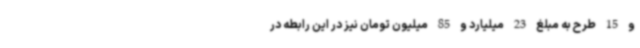
و 15 طرح به مبلغ 23 میلیارد و 85 میلیون تومان نیز در این رابطه در